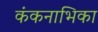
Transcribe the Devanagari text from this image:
कंकनाभिका